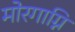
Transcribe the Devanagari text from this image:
मोरगाग्नि